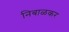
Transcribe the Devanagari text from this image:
निबाळकर